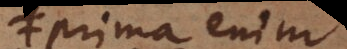
prima enim